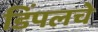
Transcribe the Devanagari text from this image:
डिंपलचे